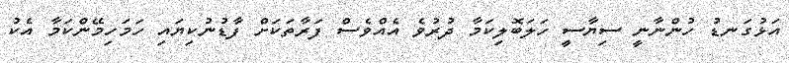
އަޅުގަނޑު ހުންނާނީ ސިޔާސީ ހަލަބޮލިކަމާ ދުރުވެ އެއްވެސް ފަރާތަކަށް ފާޑުނުކިޔައި ހަމަހިމޭންކަމާ އެކު